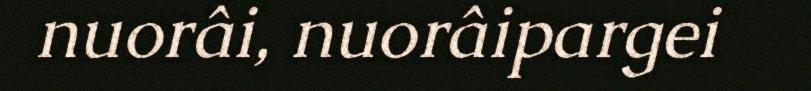
nuorâi, nuorâipargei